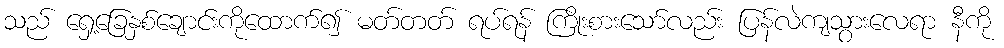
သည် ရှေ့ခြေနှစ်ချောင်းကိုထောက်၍ မတ်တတ် ရပ်ရန် ကြိုးစားသော်လည်း ပြန်လဲကျသွားလေရာ နီကို